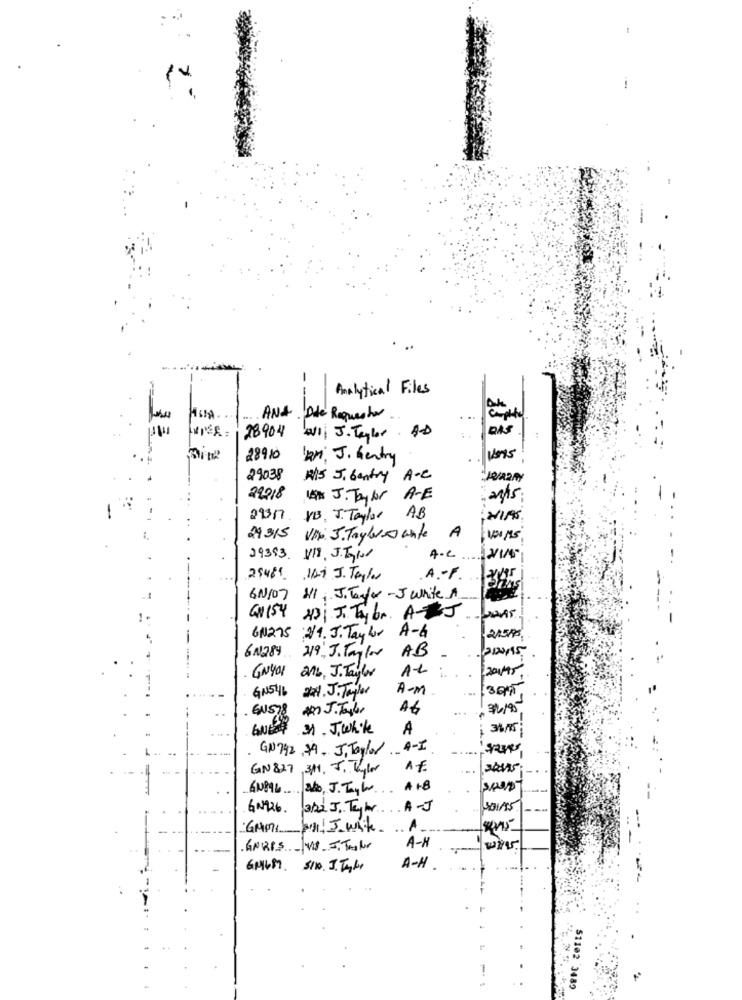
-
-
Analytical Files
ANA. Die Requestor
DAS
28904
W1 J. Taylor . AD
28910
Rn, J. Gentry
29038
HIS Jobentry A.C
Jevany
22018
J. Taylor A-E
ants;
29317. VB. J. Taylor
AB
NIAS
29315 Vir. J. Taylorssante
A
39393. VIS. J.T211
A.C ...
25481 119 J. Taylor
A . F.
6N/07 1/1, J.Taylor - J white A
GNIS4 H3; J. Taylor. AJ
61275 : 2/1. J. Taylor A-6
215/PS
AB
210015
6N284 219, J. Tag/00
2015
GNYO1 2Mb, J. Taylor
GN546 24, J. Taylor
A-M
GNS78 AM J. Taylor
32195
GUEST 3N . J.While
A
GN792,79. J. Taylor A-I
GN 827 311, J. Taylor
GN896 ado, J. Taylor
A + B
GN926.
322 J. Taylor.
.. A-J
GMM71 2/11/ J with
-
A-H
A-H
2
51102 3489